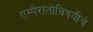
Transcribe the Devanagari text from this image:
एस्पेरांतोविषयीचे